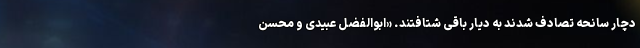
دچار سانحه تصادف شدند به دیار باقی شتافتند. «ابوالفضل عبیدی و محسن